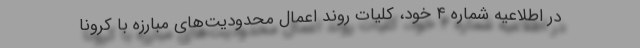
در اطلاعیه شماره ۴ خود، کلیات روند اعمال محدودیت‌های مبارزه با کرونا